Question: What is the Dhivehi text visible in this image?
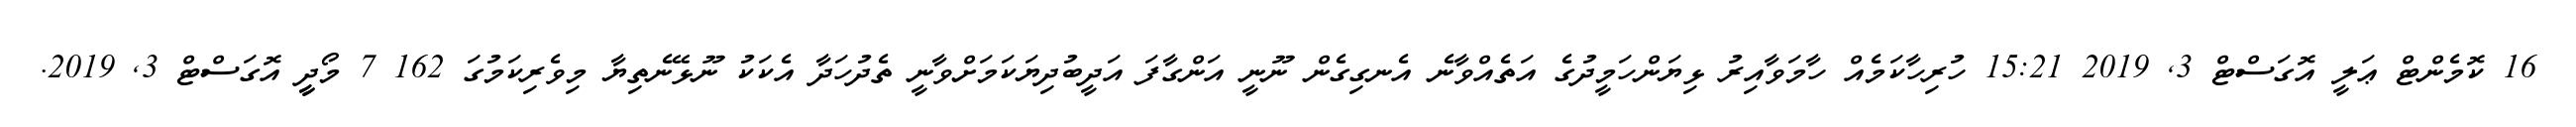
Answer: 16 ކޮމެންޓް ޢަލީ އޮގަސްޓް 3, 2019 15:21 ހުރިހާކަމެއް ހާމަވާއިރު ޅިޔަންހަމީދުގެ އަތެއްވާނެ އެނގިގެން ނޫނީ އަންގާފަ އަދީބުދިޔަކަމަށްވާނީ ތެދުހަދާ އެކަކު ނޫޅޭނެތިޔާ މިވެރިކަމުގަ 162 7 މޯދީީ އޮގަސްޓް 3, 2019.